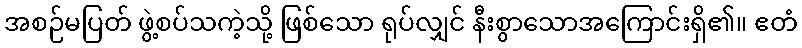
အစဉ်မပြတ် ဖွဲ့စပ်သကဲ့သို့ ဖြစ်သော ရုပ်လျှင် နီးစွာသောအကြောင်းရှိ၏။ ဧတံ